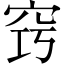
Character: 窍